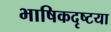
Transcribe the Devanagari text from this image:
भाषिकदृष्टया